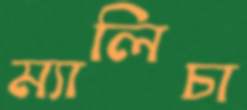
ম্যালিচা